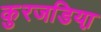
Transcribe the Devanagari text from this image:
कुरजडिया़